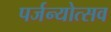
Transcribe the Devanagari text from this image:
पर्जन्योत्सव